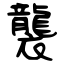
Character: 襲